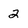
Character: 2